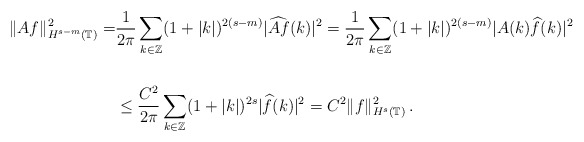
\begin{align*}\Vert Af\Vert^2_{H^{s-m}(\mathbb T)}= &\frac1{2\pi}\sum\limits_{k\in\mathbb Z}(1+\vert k\vert)^{2(s-m)}\vert\widehat{Af}(k)\vert^2=\frac1{2\pi}\sum\limits_{k\in\mathbb Z}(1+\vert k\vert)^{2(s-m)}\vert A(k)\widehat{f}(k)\vert^2\\\\&\le \frac{C^2}{2\pi}\sum\limits_{k\in\mathbb Z}(1+\vert k\vert)^{2s}\vert\widehat{f}(k)\vert^2=C^2\Vert f\Vert^2_{H^s(\mathbb T)}\,.\end{align*}